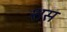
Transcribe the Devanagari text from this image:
शस